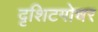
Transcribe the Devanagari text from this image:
दृशिटगोचर